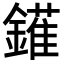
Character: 𨬶